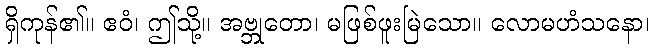
ရှိကုန်၏။ ဧဝံ၊ ဤသို့။ အဗ္ဘုတော၊ မဖြစ်ဖူးမြဲသော။ လောမဟံသနော၊